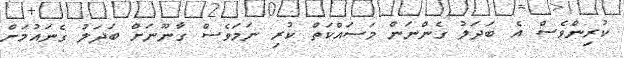
ކުރިންވެސް އެ ބަދަލު ގެންނަން މަސައްކަތް ކުރި ނަމަވެސް ގާނޫނަށް ބަދަލު ގެނައުމަށް